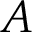
A